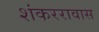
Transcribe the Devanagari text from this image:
शंकररावास